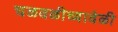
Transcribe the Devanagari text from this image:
चळवळीच्यावेळी